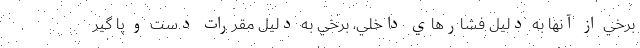
برخي از آنها به دليل فشارهاي داخلي، برخي به دليل مقررات دست و پا گير